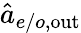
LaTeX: \hat{a}_{e/o,\mathrm{out}}